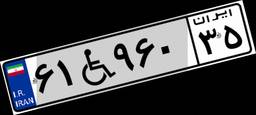
۶۶W۲۲۹۱۶